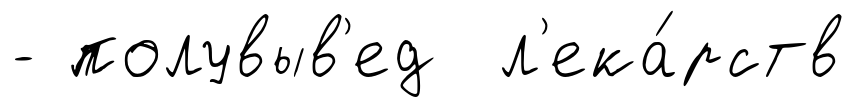
- полувыв'ед л'ека́рств